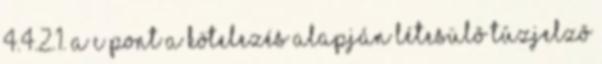
4.4.2.1. A c pont a kötelezés alapján létesülõ tûzjelzõ